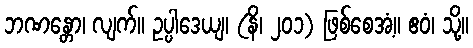
ဘဏန္တော၊ လျက်။ ဥပ္ပါဒေယျ၊ (နိ၊ ၂၀၁) ဖြစ်စေအံ့။ ဧဝံ၊ သို့။